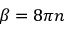
\beta = 8 \pi n